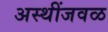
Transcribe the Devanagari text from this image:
अस्थींजवळ